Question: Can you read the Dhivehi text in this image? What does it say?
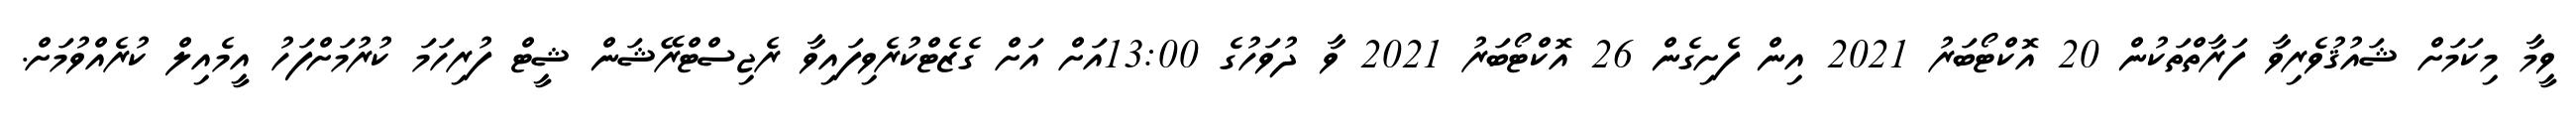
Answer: ވީމާ މިކަމަށް ޝައުޤުވެރިވާ ފަރާތްތަކުން 20 އޮކްޓޯބަރު 2021 އިން ފެށިގެން 26 އޮކްޓޯބަރު 2021 ވާ ދުވަހުގެ 13:00އަށް އަށް ގެޒެޓްކުރެވިފައިވާ ރެޖިސްޓްރޭޝަން ޝީޓް ފުރިހަމަ ކުރުމަށްފަހު އީމެއިލް ކުރެއްވުމަށް.